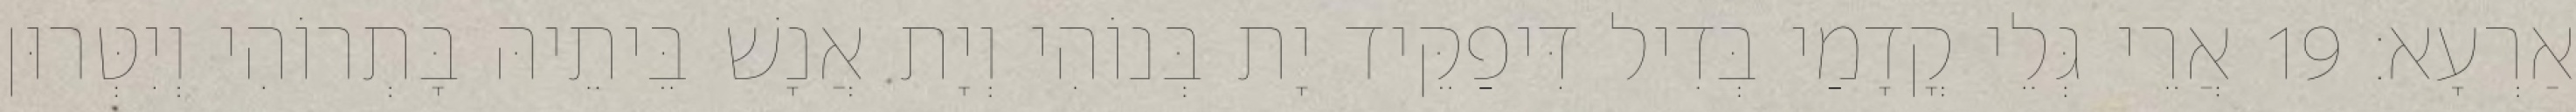
אַרְעָא׃ 19 אֲרֵי גְּלֵי קֳדָמַי בְּדִיל דִּיפַקֵּיד יָת בְּנוֹהִי וְיָת אֲנָשׁ בֵּיתֵיהּ בָּתְרוֹהִי וְיִטְּרוּן